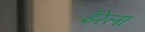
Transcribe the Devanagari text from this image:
ईरेला